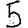
Digit: 5